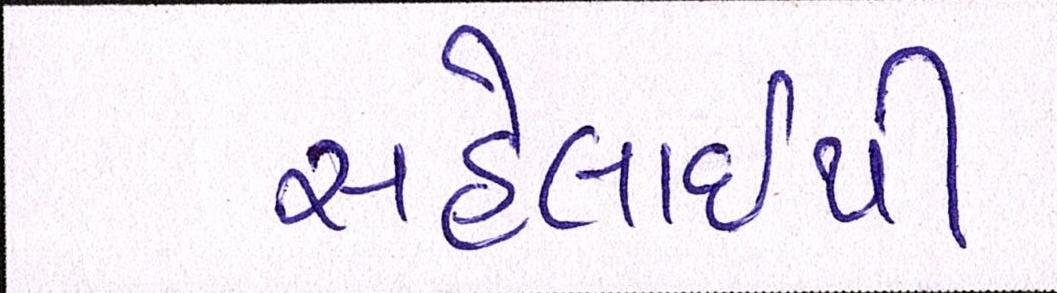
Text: સહેલાઇથી